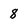
Character: 8